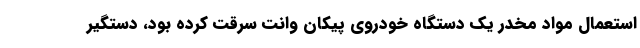
استعمال مواد مخدر یک دستگاه خودروی پیکان وانت سرقت کرده بود، دستگیر